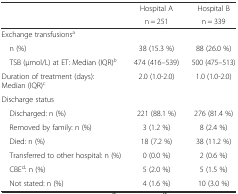
<table><thead><tr><td rowspan="2"></td><td><b>Hospital A</b></td><td><b>Hospital B</b></td></tr><tr><td><b>n = 251</b></td><td><b>n = 339</b></td></tr></thead><tbody><tr><td>Exchange transfusions<sup>a</sup></td><td></td><td></td></tr><tr><td> n (%)</td><td>38 (15.3 %)</td><td>88 (26.0 %)</td></tr><tr><td> TSB (μmol/L) at ET: Median (IQR)<sup><i>b</i></sup></td><td>474 (416–539)</td><td>500 (475–513)</td></tr><tr><td>Duration of treatment (days): Median (IQR)<sup>c</sup></td><td>2.0 (1.0-2.0)</td><td>1.0 (1.0-2.0)</td></tr><tr><td>Discharge status</td><td></td><td></td></tr><tr><td> Discharged: n (%)</td><td>221 (88.1 %)</td><td>276 (81.4 %)</td></tr><tr><td> Removed by family: n (%)</td><td>3 (1.2 %)</td><td>8 (2.4 %)</td></tr><tr><td> Died: n (%)</td><td>18 (7.2 %)</td><td>38 (11.2 %)</td></tr><tr><td> Transferred to other hospital: n (%)</td><td>0 (0.0 %)</td><td>2 (0.6 %)</td></tr><tr><td> CBE<sup>d</sup>: n (%)</td><td>5 (2.0 %)</td><td>5 (1.5 %)</td></tr><tr><td> Not stated: n (%)</td><td>4 (1.6 %)</td><td>10 (3.0 %)</td></tr></tbody></table>